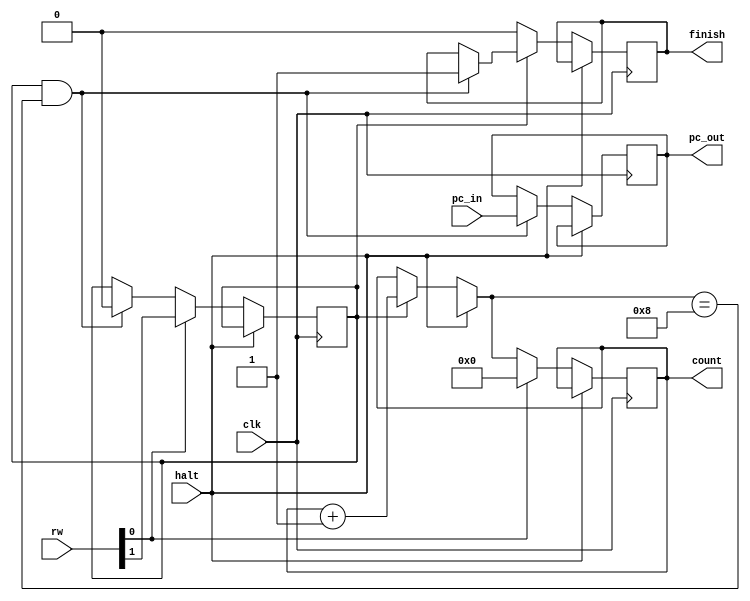
	
	module Timer(clk, pc_in, pc_out, count, rw, finish, halt);

	input [31:0] pc_in;
	input clk,halt;
	input [1:0] rw;

	output reg [31:0] count=0;
	output reg [31:0] pc_out;
	output reg finish;

	reg [31:0] quantum = 8;
	reg onOff = 0;


	always@(posedge clk)
	begin
		if(halt != 1)
		begin
			if(onOff == 1)
				count = count + 1;
			if((onOff == 1) && (count == quantum))
				begin
					finish <= 1;
					pc_out <= pc_in;
					onOff <= 0;
				end
			if(onOff == 0)
				finish <= 0;	
			if(rw[0] == 1)
			begin
				onOff <= rw[1];
				count <= 32'd0;
			end
		end
	end

	endmodule